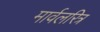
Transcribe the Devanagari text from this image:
मार्वलरित्र